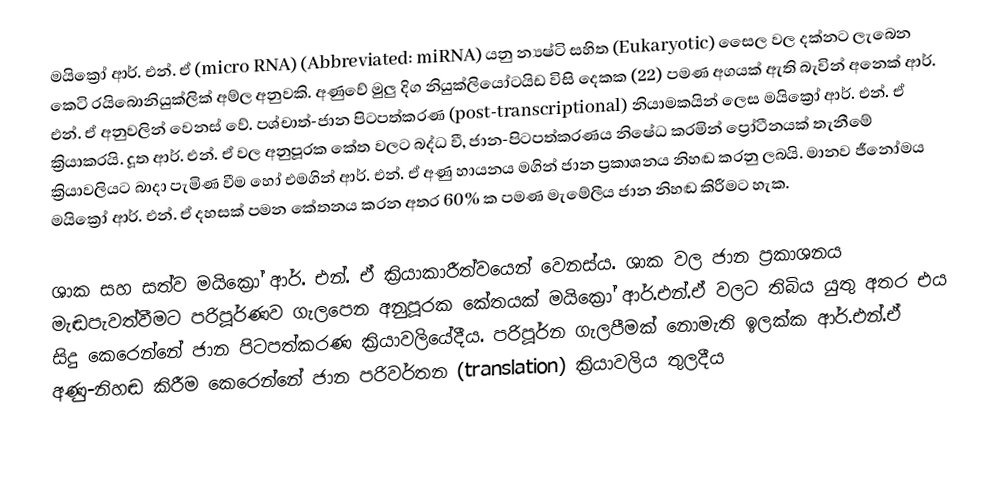
මයික්‍රෝ ආර්. එන්. ඒ (micro RNA) (Abbreviated: miRNA) යනු න්‍යෂ්ටි සහිත (Eukaryotic) සෛල වල දක්නට ලැබෙන කෙටි රයිබොනියුක්ලික් අම්ල අනුවකි.  අණුවේ මුලු දිග නියුක්ලියෝටයිඩ විසි දෙකක  (22) පමණ අගයක් ඇති බැවින් අනෙක් ආර්. එන්. ඒ අනුවලින් වෙනස් වේ.  පශ්චාත්-ජාන පිටපත්කරණ (post-transcriptional) නියාමකයින් ලෙස මයික්‍රෝ ආර්. එන්. ඒ ක්‍රියාකරයි. දූත ආර්. එන්. ඒ වල අනුපූරක කේත වලට බද්ධ වී, ජාන-පිටපත්කරණය නිෂේධ කරමින් ප්‍රෝටීනයක් තැනීමේ ක්‍රියාවලියට බාදා පැමිණ වීම හෝ එමගින් ආර්. එන්. ඒ අණු හායනය මගින් ජාන ප්‍රකාශනය නිහඬ කරනු ලබයි. මානව ජීනෝමය මයික්‍රෝ ආර්. එන්. ඒ දහසක් පමන කේතනය කරන අතර 60% ක පමණ මැමේලීය ජාන නිහඬ කිරීමට හැක.

ශාක සහ සත්ව මයික්‍රෝ ආර්. එන්. ඒ ක්‍රියාකාරීත්වයෙන් වෙනස්ය. ශාක වල ජාන ප්‍රකාශනය මැඬපැවත්වීමට පරිපූර්ණව ගැලපෙන අනුපූරක කේතයක් මයික්‍රෝ ආර්.එන්.ඒ වලට තිබිය යුතු අතර එය සිදු කෙරෙන්නේ ජාන පිටපත්කරණ ක්‍රියාවලියේදීය.  පරිපූර්න ගැලපීමක් නොමැති ඉලක්ක ආර්.එන්.ඒ අණු-නිහඬ කිරීම කෙරෙන්නේ ජාන පරිවර්තන (translation) ක්‍රියාවලිය තුලදීය